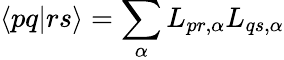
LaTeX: \langle pq|rs\rangle=\sum_{\alpha}L_{pr,\alpha}L_{qs,\alpha}